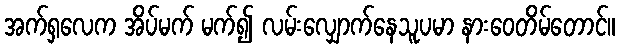
အက်ရှလေက အိပ်မက် မက်၍ လမ်းလျှောက်နေသူပမာ နားဝေတိမ်တောင်။